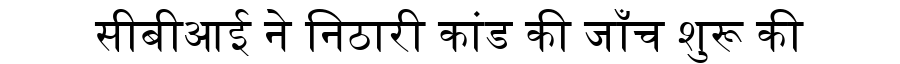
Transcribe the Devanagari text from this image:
सीबीआई ने निठारी कांड की जाँच शुरू की